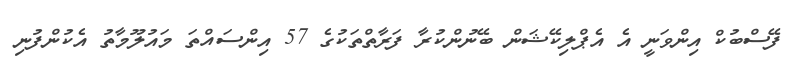
ފޭސްބުކް އިންވަނީ އެ އެޕްލިކޭޝަން ބޭނުންކުރާ ފަރާތްތަކުގެ 57 އިންސައްތަ މައުލޫމާތު އެކުންފުނި